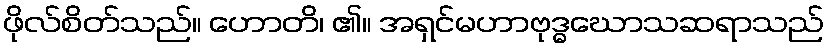
ဖိုလ်စိတ်သည်။ ဟောတိ၊ ၏။ အရှင်မဟာဗုဒ္ဓဃောသဆရာသည်